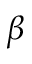
\beta